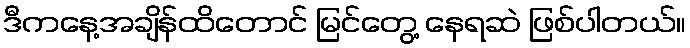
ဒီကနေ့အချိန်ထိတောင် မြင်တွေ့ နေရဆဲ ဖြစ်ပါတယ်။